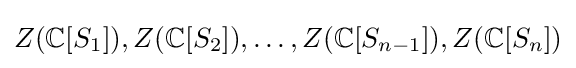
Z(\mathbb {C} [S_{1}]),Z(\mathbb {C} [S_{2}]),\ldots ,Z(\mathbb {C} [S_{n-1}]),Z(\mathbb {C} [S_{n}])